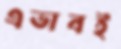
এভাবই